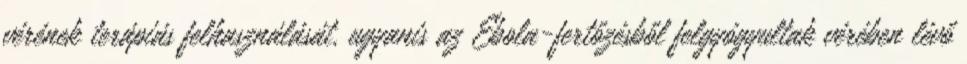
vérének terápiás felhasználását, ugyanis az Ebola-fertőzésből felgyógyultak vérében lévő